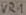
Text: VR1